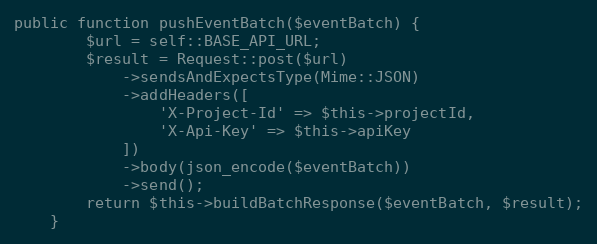
Language: PHP
public function pushEventBatch($eventBatch) {
        $url = self::BASE_API_URL;
        $result = Request::post($url)
            ->sendsAndExpectsType(Mime::JSON)
            ->addHeaders([
                'X-Project-Id' => $this->projectId,
                'X-Api-Key' => $this->apiKey
            ])
            ->body(json_encode($eventBatch))
            ->send();
        return $this->buildBatchResponse($eventBatch, $result);
    }